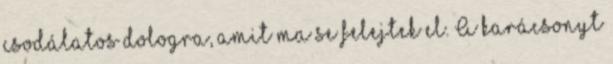
csodálatos dologra, amit ma se felejtek el. A karácsonyt